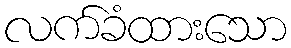
လက်ခံထားသော